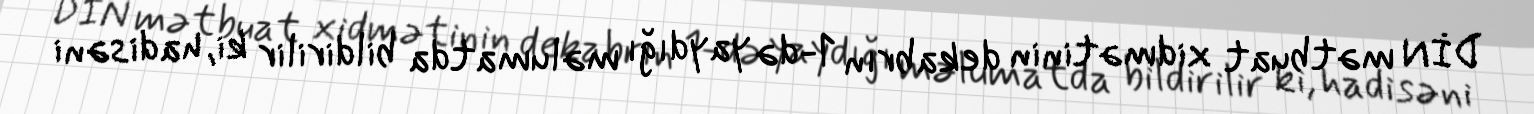
DİN mətbuat xidmətinin dekabrın 1-də yaydığı məlumatda bildirilir ki, hadisəni